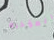
المؤخرة